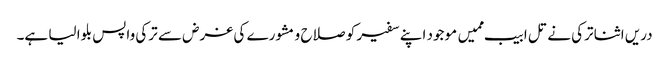
دریں اثنا ترکی نے تل ابیب ممیں موجود اپنے سفیر کو صلاح و مشورے کی غرض سے ترکی واپس بلوا لیا ہے۔